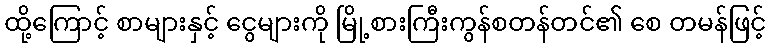
ထို့ကြောင့် စာများနှင့် ငွေများကို မြို့စားကြီးကွန်စတန်တင်၏ စေ တမန်ဖြင့်